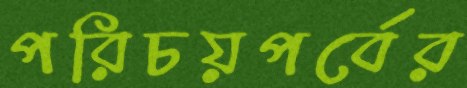
পরিচয়পর্বের